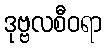
ဒုဗ္ဗလစီဝရာ